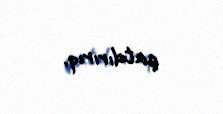
çatdırırıq.